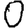
Digit: 0